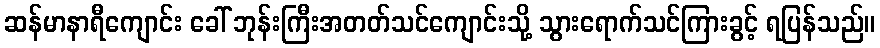
ဆန်မာနာရီကျောင်း ခေါ် ဘုန်းကြီးအတတ်သင်ကျောင်းသို့ သွားရောက်သင်ကြားခွင့် ရပြန်သည်။